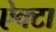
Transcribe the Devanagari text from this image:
ऐक्टा